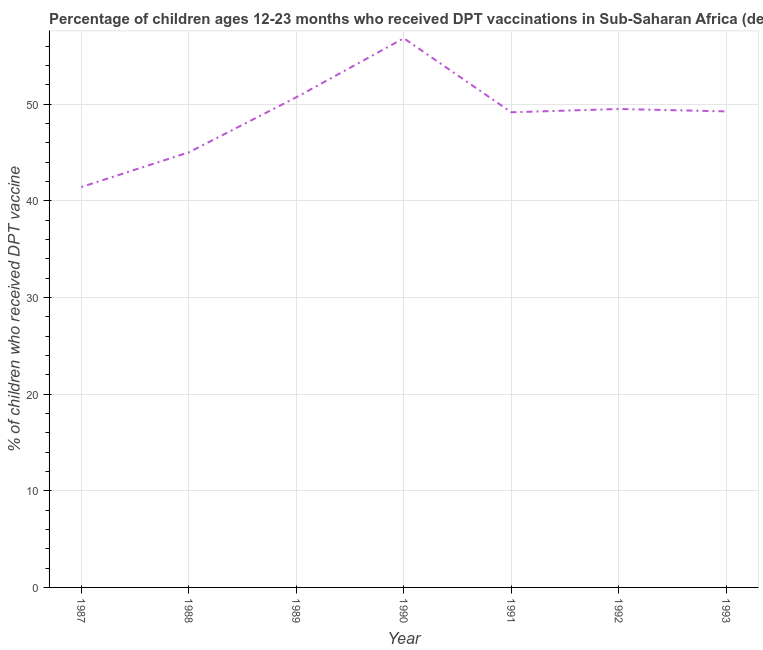
| Year | Immunization |
 | --- | --- |
 | 1987 | 41.4 |
 | 1988 | 45 |
 | 1989 | 50.7 |
 | 1990 | 56.8 |
 | 1991 | 49.2 |
 | 1992 | 49.5 |
 | 1993 | 49.3 |